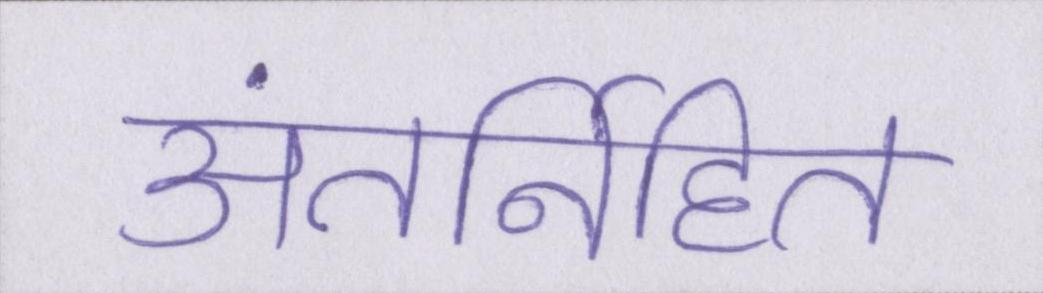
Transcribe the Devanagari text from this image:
अंतर्निहित